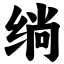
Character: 绱